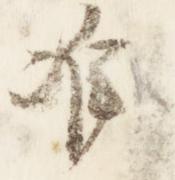
准